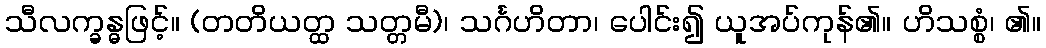
သီလက္ခန္ဓဖြင့်။ (တတိယတ္ထ သတ္တမီ)၊ သင်္ဂဟိတာ၊ ပေါင်း၍ ယူအပ်ကုန်၏။ ဟိသစ္စံ၊ ၏။